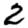
Digit: 2